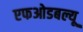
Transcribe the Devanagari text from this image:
एफओडबल्यू